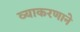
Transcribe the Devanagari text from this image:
व्याकरणाने